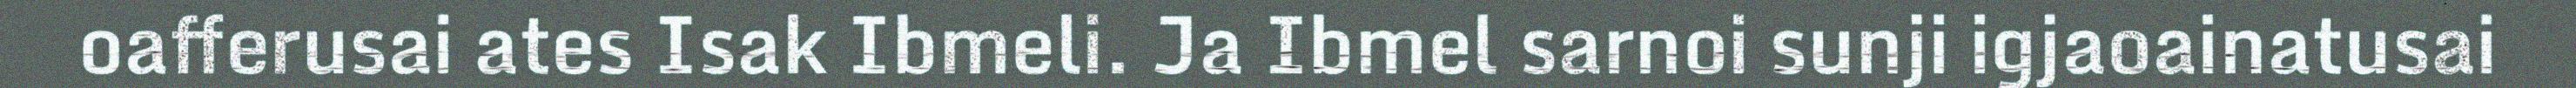
oafferusai ates Isak Ibmeli. Ja Ibmel sarnoi sunji igjaoainatusai